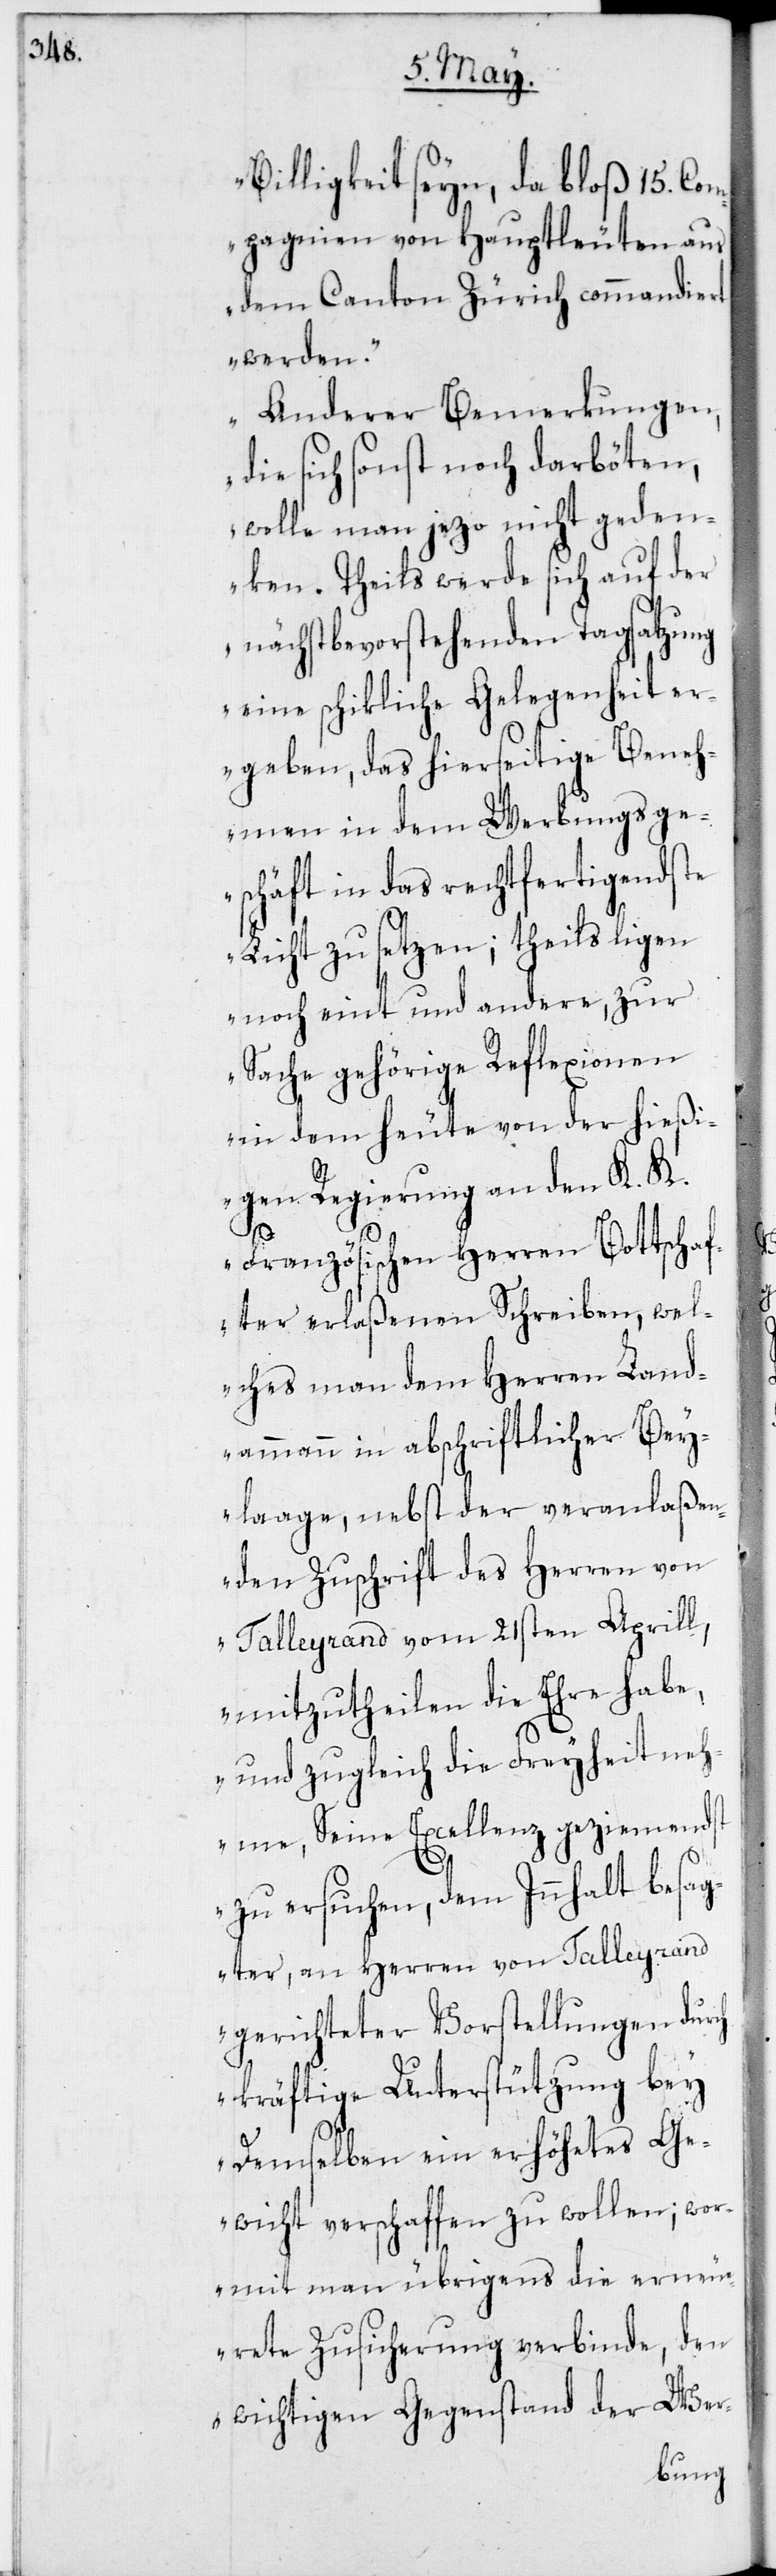
Billigkeit seyn, da bloß 15. Com¬
pagnien von Hauptleuten aus
dem Canton Zürich commandiert
werden.
Anderer Bemerkungen,
die sich sonst noch darböten,
wolle man jezo nicht geden¬
ken. Theils werde sich auf der
nächst bevorstehenden Tagsatzung
eine schikliche Gelegenheit er¬
geben, das hierseitige Beneh¬
men in dem Werbungsge¬
schäft in das rechtfertigendste
Licht zu setzen; theils ligen
noch eint und andere, zur
Sache gehörige Reflexionen
in dem heute von der hießi¬
gen Regierung an den K. K.
Französischen Herren Botschaf¬
ter erlaßenen Schreiben, wel¬
ches man dem Herren Land¬
ammann in abschriftlicher Bey¬
laage, nebst der veranlaßen¬
den Zuschrift des Herren von
Talleyrand vom 21sten Aprill,
mitzutheilen die Ehre habe,
und zugleich die Freyheit neh¬
me, Seine Excellenz geziemendst
zu ersuchen, dem Innhalt besag¬
ter, an Herren von Talleyrand
gerichteter Vorstellungen durch
kräftige Unterstützung bey
Demselben ein erhöhetes Ge¬
wicht verschaffen zu wollen; wor¬
mit man übrigens die erneu¬
den
erete Zusicherung verbinde,
Wer-
wichtigen Gegenstand der